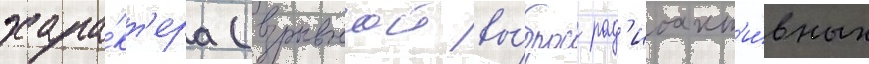
хара́кт'ера (взрывнои вы́брос рад'иоакт'и́вных